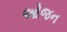
ઓજન